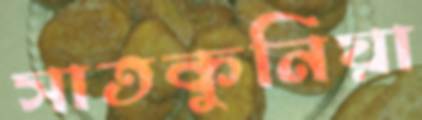
সাতকুনিয়া